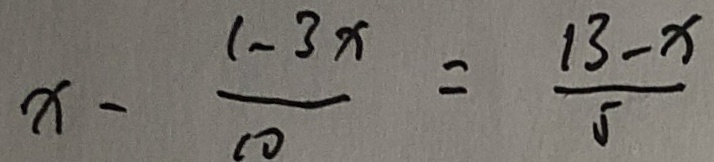
x - \frac { 1 - 3 x } { 1 0 } = \frac { 1 3 - x } { 5 }